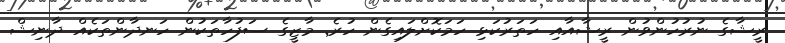
ރީޝާގެ ނުރުހުންވުން ރީޝާއާއި ހަތަރުކަޅި ހަމަކޮށްލައިގެން ހުރެ